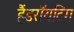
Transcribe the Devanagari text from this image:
हैंडराॅयटिंग